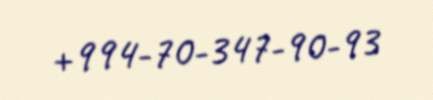
+994-70-347-90-93